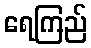
ရေကြည်